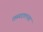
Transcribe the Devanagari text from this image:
रहस्यदालनात